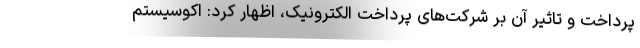
پرداخت و تاثیر آن بر شرکت‌های پرداخت الکترونیک، اظهار کرد: اکوسیستم